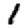
Digit: 1